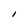
Character: l